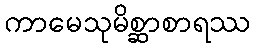
ကာမေသုမိစ္ဆာစာရဿ